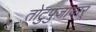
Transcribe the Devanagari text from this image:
तोटुपुज़ायार्